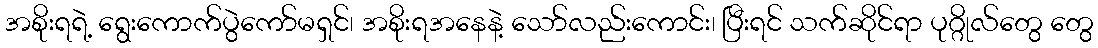
အစိုးရရဲ့ ရွေးကောက်ပွဲကော်မရှင်၊ အစိုးရအနေနဲ့ သော်လည်းကောင်း၊ ပြီးရင် သက်ဆိုင်ရာ ပုဂ္ဂိုလ်တွေ တွေ